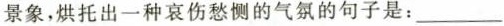
景象，烘托出一种哀伤愁恻的气氛的句子是：___